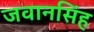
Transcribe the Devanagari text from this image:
जवानसिंह